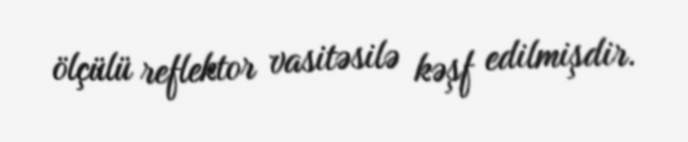
ölçülü reflektor vasitəsilə kəşf edilmişdir.